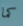
كما